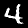
Digit: 4